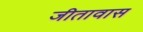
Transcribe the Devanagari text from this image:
जीतावास